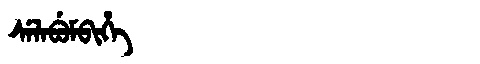
Manchu: ᠰᡝᠯᠠᠪᡠᠮᠪᡳᡥᡝ
Romanization: SELABUMBIHE